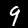
Digit: 9